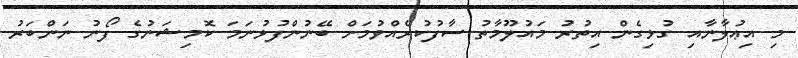
މި އިޢުލާނާއި ގުޅިގެން އިތުރު މައުލޫމާތު ސާފުކުރެއްވުމަށް ބޭނުންފުޅުނަމަ ކޮމިޝަނުގެ ފޯނު ނަންބަރު